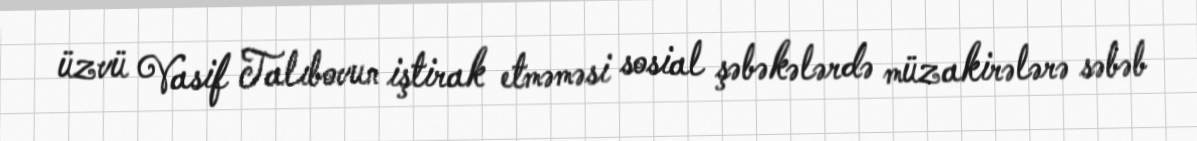
üzvü Vasif Talıbovun iştirak etməməsi sosial şəbəkələrdə müzakirələrə səbəb